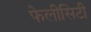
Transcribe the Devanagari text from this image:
फेलीसिटी